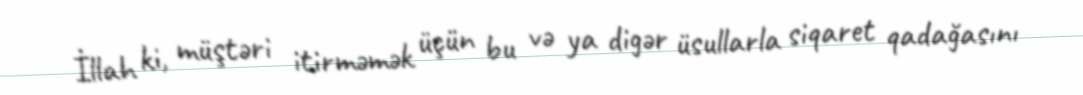
İllah ki, müştəri itirməmək üçün bu və ya digər üsullarla siqaret qadağasını